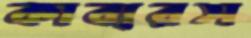
কাব্যরস